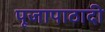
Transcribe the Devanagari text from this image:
पूजापाठादी